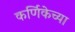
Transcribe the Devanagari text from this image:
कर्णिकेच्या